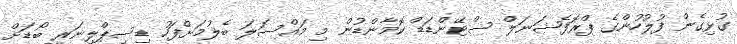
ގުޅިގެން ފުލުހުންގެ ޕްރޮފެޝަނަލް ސްޓޭންޑަޑް ކޮމާންޑުން މި މައްސަލަ ބެލުމަށްފަހު ޑިސިޕްލިނަރީ ބޯޑަށް